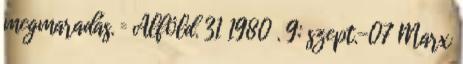
megmaradás. = Alföld. 31 1980 . 9: szept.-07 Marx